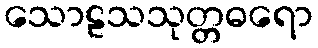
သောဠသသုတ္တဓရော